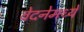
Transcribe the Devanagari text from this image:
वेदनेमध्ये